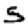
Digit: 5